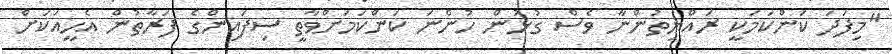
"މިފަދަ ކަންކަމަކީ ރައްޔިތުންނާ ވެސް ގުޅުން ހުންނަ ކަންކަމަށްވާތީ ސިފައިންގެ ފަރާތުން އެހީއަކަށް